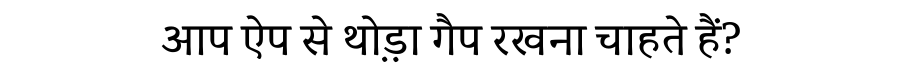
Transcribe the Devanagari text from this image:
आप ऐप से थो़ड़ा गैप रखना चाहते हैं?